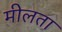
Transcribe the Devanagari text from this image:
मीलता